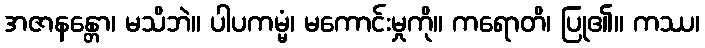
အဇာနန္တော၊ မသိဘဲ။ ပါပကမ္မံ၊ မကောင်းမှုကို။ ကရောတိ၊ ပြု၏။ ကဿ၊